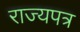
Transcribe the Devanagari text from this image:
राज्यपत्र